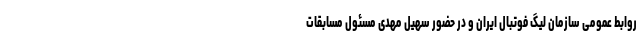
روابط عمومی سازمان لیگ فوتبال ایران و در حضور سهیل مهدی مسئول مسابقات